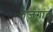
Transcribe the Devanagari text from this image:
तेजगांव